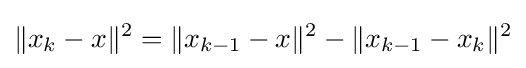
\|x_{k}-x\|^{2}=\|x_{k-1}-x\|^{2}-\|x_{k-1}-x_{k}\|^{2}